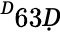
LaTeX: ^Ḋ63Ḍ